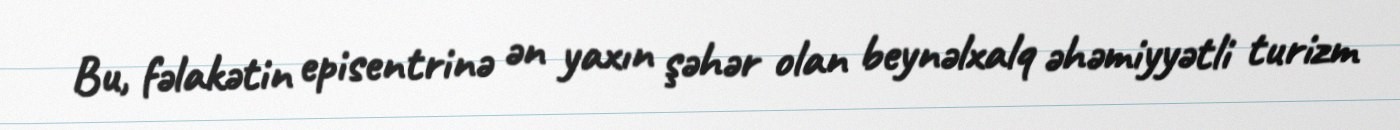
Bu, fəlakətin episentrinə ən yaxın şəhər olan beynəlxalq əhəmiyyətli turizm